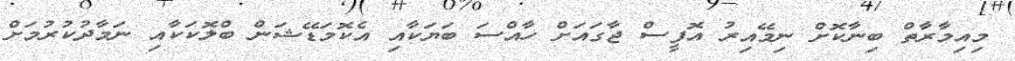
މިއިމާރާތް ބިނާކޮށް ނިމޭއިރު އޮފީސް ޖާގައަށް ހާއްސަ ބަޔަކާއި އެކޮމަޑޭޝަން ބްލޮކަކާއި ނަމާދުކުރުމަށް